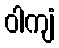
ဝါကျံ